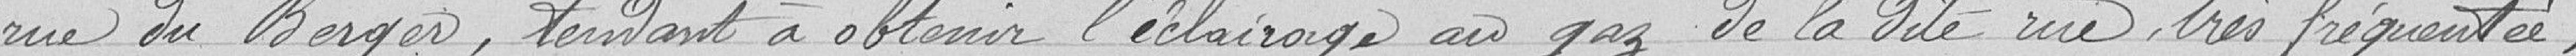
rue du Berger, tendant à obtenir l'éclairage au gaz de la dite rue, très fréquentée,